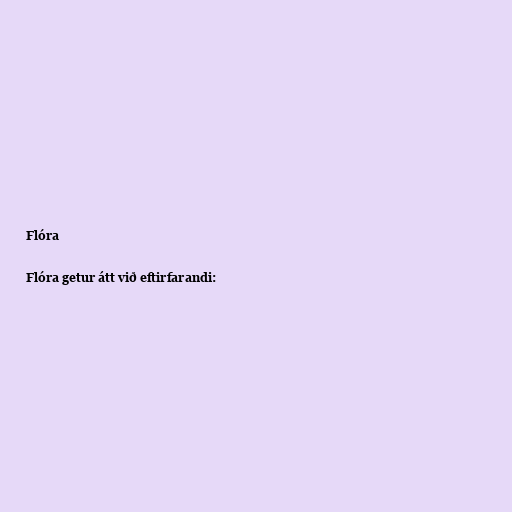
Flóra

Flóra getur átt við eftirfarandi: